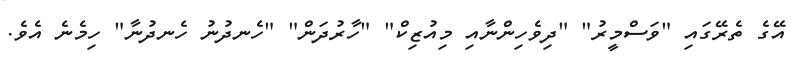
އޭގެ ތެރޭގައި "ވަސްމީރު" "ދިވެހިންނާއި މިއުޒިކް" "ހާރުދަން" "ހެނދުނު ހެނދުނާ" ހިމެނެ އެވެ.